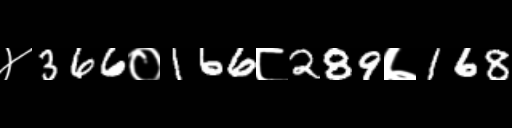
Text: ४366०166८289७168